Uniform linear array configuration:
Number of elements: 16
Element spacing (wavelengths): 1
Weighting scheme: uniform
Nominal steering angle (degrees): -30
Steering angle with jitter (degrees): -29.342
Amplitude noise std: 0.05
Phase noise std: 0.05

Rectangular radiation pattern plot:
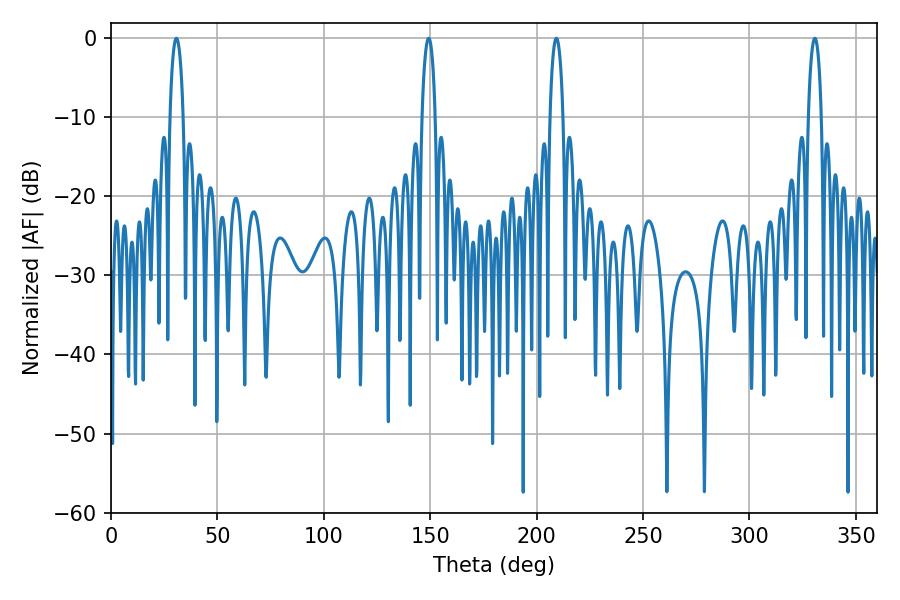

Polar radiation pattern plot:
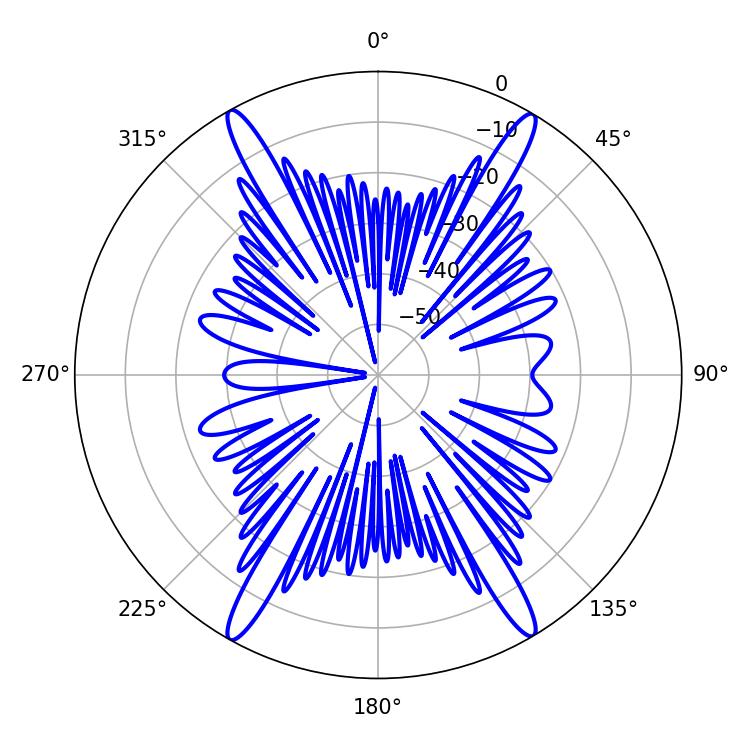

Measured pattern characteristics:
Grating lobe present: TRUE
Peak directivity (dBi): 25.609
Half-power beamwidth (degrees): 3.6
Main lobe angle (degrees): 30.78